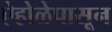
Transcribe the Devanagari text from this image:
ऐहोळेपासून